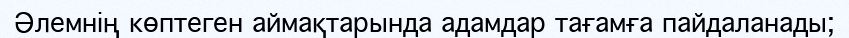
Әлемнің көптеген аймақтарында адамдар тағамға пайдаланады;